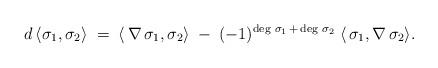
LaTeX: \begin{align*}d \,\langle \sigma_1,\sigma_2\rangle\;=\;\langle\,\nabla\,\sigma_1,\sigma_2\rangle\;-\;(-1)^{\deg\,\sigma_1\,+\,\deg\,\sigma_2}\;\langle\,\sigma_1,\nabla\,\sigma_2\rangle .\end{align*}